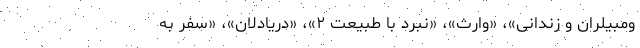
ومبیلران و زندانی»، «وارث»، «نبرد با طبیعت ۲»، «دریادلان»، «سفر به